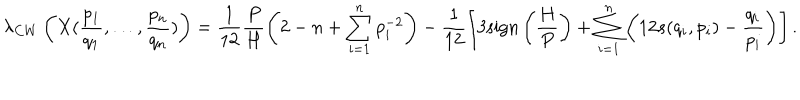
\lambda _ { C W } \left( X ( \frac { p _ { 1 } } { q _ { 1 } } , \ldots , \frac { p _ { n } } { q _ { n } } ) \right) = \frac { 1 } { 1 2 } \frac { P } { H } \left( 2 - n + \sum _ { i = 1 } ^ { n } p _ { i } ^ { - 2 } \right) - \frac { 1 } { 1 2 } \left[ 3 \mathrm { s i g n } \left( \frac { H } { P } \right) + \sum _ { i = 1 } ^ { n } \left( 1 2 s ( q _ { i } , p _ { i } ) - \frac { q _ { i } } { p _ { i } } \right) \right] .